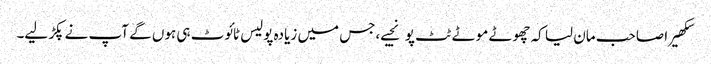
سکھیرا صاحب مان لیا کہ چھوٹے موٹے ٹٹ پو نجیے،جس میں زیادہ پولیس ٹائوٹ ہی ہوں گے آپ نے پکڑ لیے۔